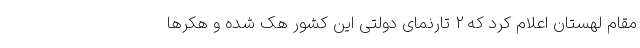
مقام لهستان اعلام کرد که ۲ تارنمای دولتی این کشور هک شده و هکرها